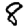
Digit: 8